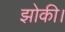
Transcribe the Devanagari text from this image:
झोकी।